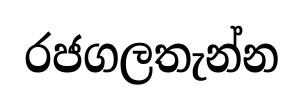
රජගලතැන්න